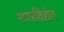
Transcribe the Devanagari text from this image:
शस्त्रविद्येत